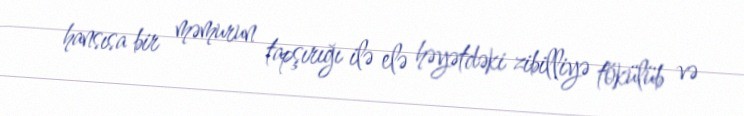
hansısa bir məmurun tapşırığı ilə elə həyətdəki zibilliyə tökülüb və